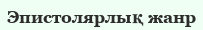
Эпистолярлық жанр